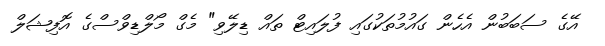
އޭގެ ސަބަބުން އެހެން ގައުމުތަކުގައި ފުލައިޓް ތައް ޑިލޭވި" މެގް މޯލްޑިވްސްގެ އޮފިޝަލް